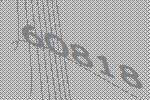
60818